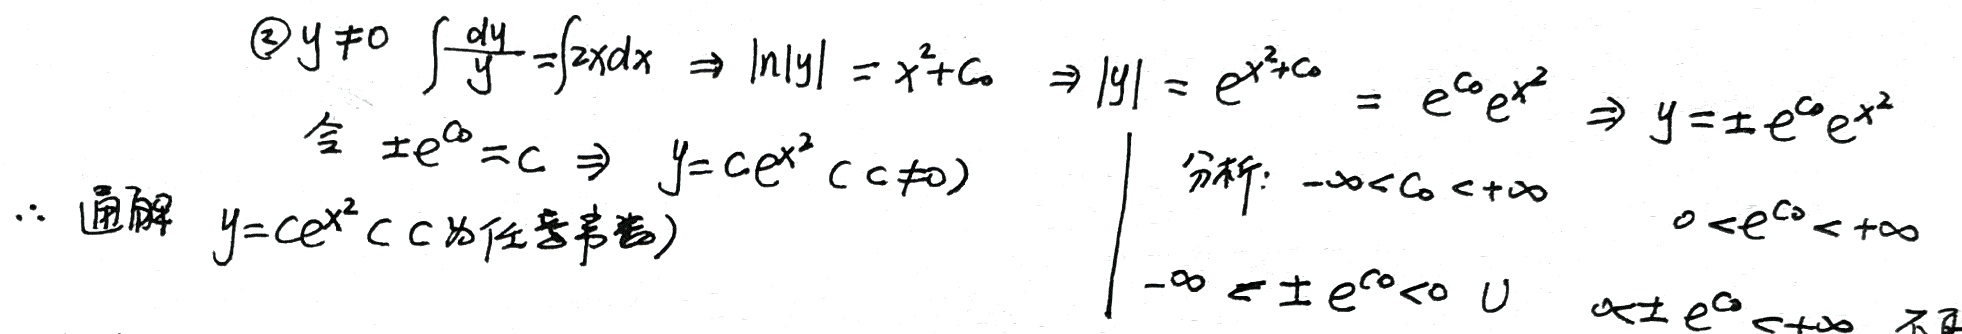
\[
\begin{align*}
&\textcircled{2}y\neq0,\int\frac{dy}{y}=\int 2xdx\Rightarrow\ln|y| = x^{2}+C_{0}\Rightarrow|y| = e^{x^{2}+C_{0}}=e^{C_{0}}e^{x^{2}}\Rightarrow y = \pm e^{C_{0}}e^{x^{2}}\\
&\text{令}\pm e^{C_{0}}=C\Rightarrow y = Ce^{x^{2}}(C\neq0)\\
&\therefore\text{通解 }y = Ce^{x^{2}}(C\text{为任意常数})
\end{align*}
\]
\[
\begin{array}{|l|}
\text{分析}:-\infty < C_{0}<+\infty\\
0 < e^{C_{0}}<+\infty\\
-\infty<\pm e^{C_{0}}<0\cup\\
\end{array}
\]